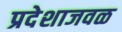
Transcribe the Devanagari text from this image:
प्रदेशाजवळ